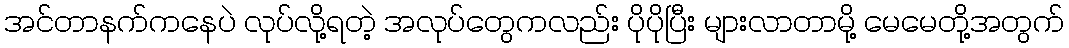
အင်တာနက်ကနေပဲ လုပ်လို့ရတဲ့ အလုပ်တွေကလည်း ပိုပိုပြီး များလာတာမို့ မေမေတို့အတွက်